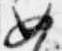
如